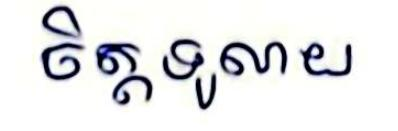
ចិត្តទូលាយ